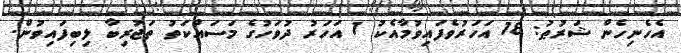
އެހެނިހެން ޝަރުޠު: 18 އަހަރުވެފައިވުމާއެކު 1 އަހަރު ދުވަހުގެ މަސައްކަތު ތަޖުރިބާ ލިބިފައިވުން.